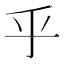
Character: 乎